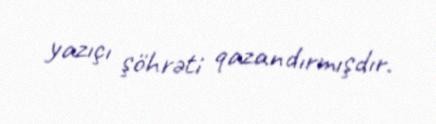
yazıçı şöhrəti qazandırmışdır.